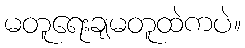
မတူရေးချမတူထဲကပဲ။